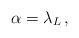
LaTeX: \begin{align*}\alpha = \lambda_L \,,\end{align*}